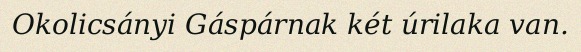
Okolicsányi Gáspárnak két úrilaka van.